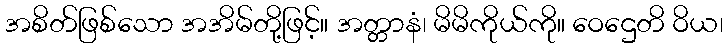
အစိတ်ဖြစ်သော အအိမ်တို့ဖြင့်။ အတ္တာနံ၊ မိမိကိုယ်ကို။ ဝေဌေတိ ဝိယ၊